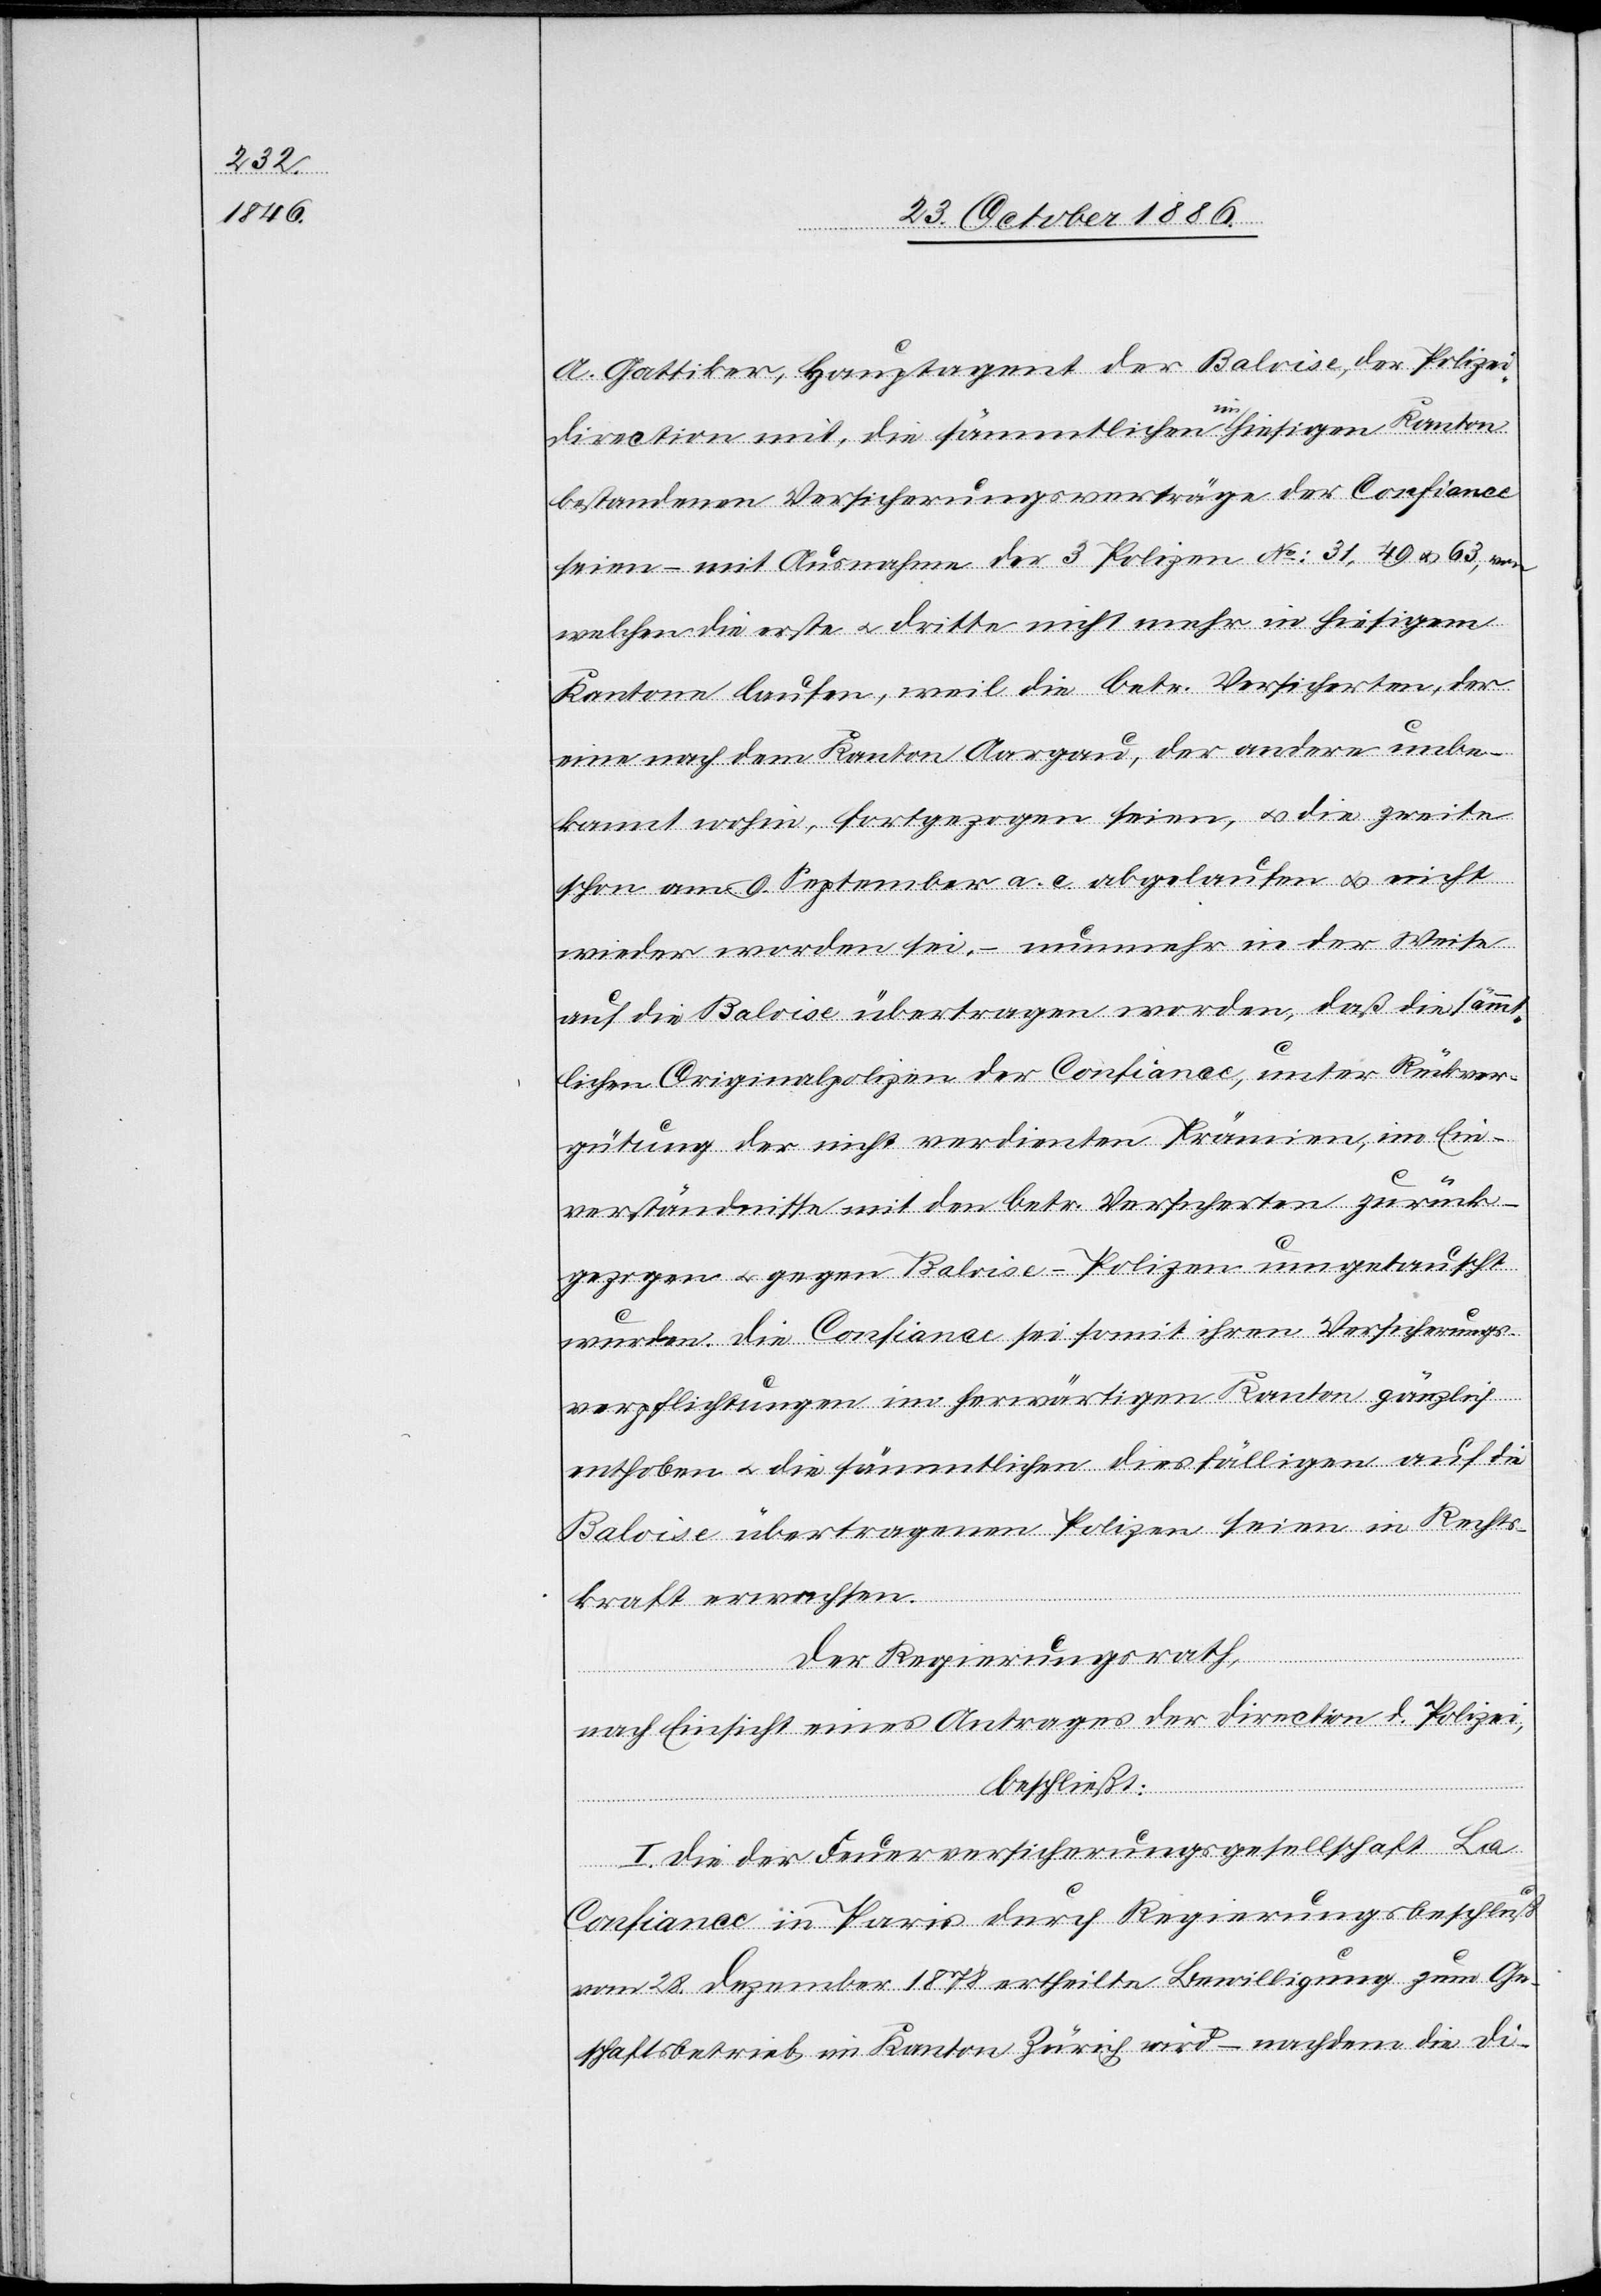
A. Gattiker, Hauptagent der Baloise, der Polizei¬
direction mit, die sämtlichen im hiesigen Kanton
bestandenen Versicherungsverträge der Confiance
seien – mit Ausnahme der 3 Polizen No: 31, 49 & 63, von
welchen die erste & dritte nicht mehr in hiesigem
Kantone laufen, weil die betr. Versicherten, der
eine nach dem Kanton Aargau, der andere unbe¬
kannt wohin, fortgezogen seien, & die zweite
schon am 9. September a. c. abgelaufen & nicht
[erneuert] worden sei, – nunmehr in der Weise
auf die Baloise übertragen worden, daß die sämmt¬
lichen Originalpolizen der Confiance, unter Rückver¬
gütung der nicht verdienten Prämien, im Ein¬
verständnisse mit den betr. Versicherten zurück¬
gezogen & gegen Baloise-Polizen umgetauscht
wurden. Die Confiance sei somit ihren Versicherungs¬
verpflichtungen im herwärtigen Kanton gänzlich
enthoben & die sämmtlichen diesfälligen auf die
Baloise übertragenen Polizen seien in Rechts¬
kraft erwachsen.
Der Regierungsrath,
nach Einsicht eines Antrages der Direction d. Polizei,
beschließt:
I. Die der Feuerversicherungsgesellschaft La
Confiance in Paris durch Regierungsbeschluß
vom 28. Dezember 1878 ertheilte Bewilligung zum Ge¬
schaftsbetrieb [sic!] im Kanton Zürich wird – nachdem die Di-